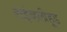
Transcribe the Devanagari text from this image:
लाईव्हलीहूड